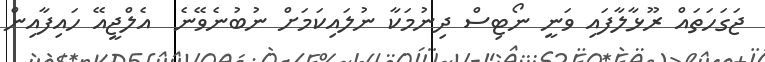
ޖަގަހަތައް ރޫޅާލާފައި ވަނީ ނޯޓިސް ދިނުމަކާ ނުލައިކަމަށް ނުބުނެވޭނެ  އެލްޖީއޭ ހައިފާއިން